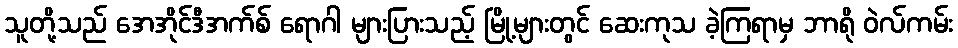
သူတို့သည် အေအိုင်ဒီအက်စ် ရောဂါ များပြားသည့် မြို့များတွင် ဆေးကုသ ခဲ့ကြရာမှ ဘာရို ဝဲလ်ကမ်း